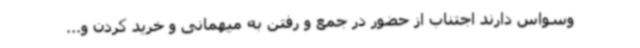
وسواس دارند اجتناب از حضور در جمع و رفتن به میهمانی و خرید کردن و...